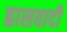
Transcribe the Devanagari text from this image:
ह्रासवादी